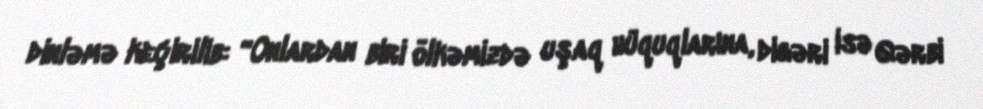
dinləmə keçirilib: “Onlardan biri ölkəmizdə uşaq hüquqlarına, digəri isə Qərbi